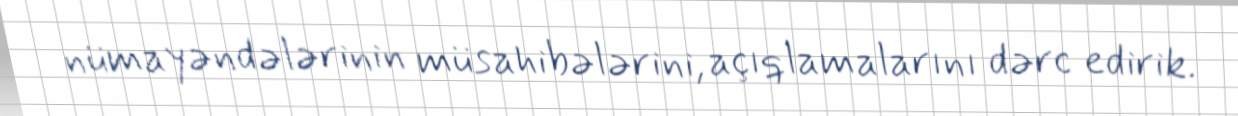
nümayəndələrinin müsahibələrini, açıqlamalarını dərc edirik.